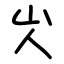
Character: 㞤